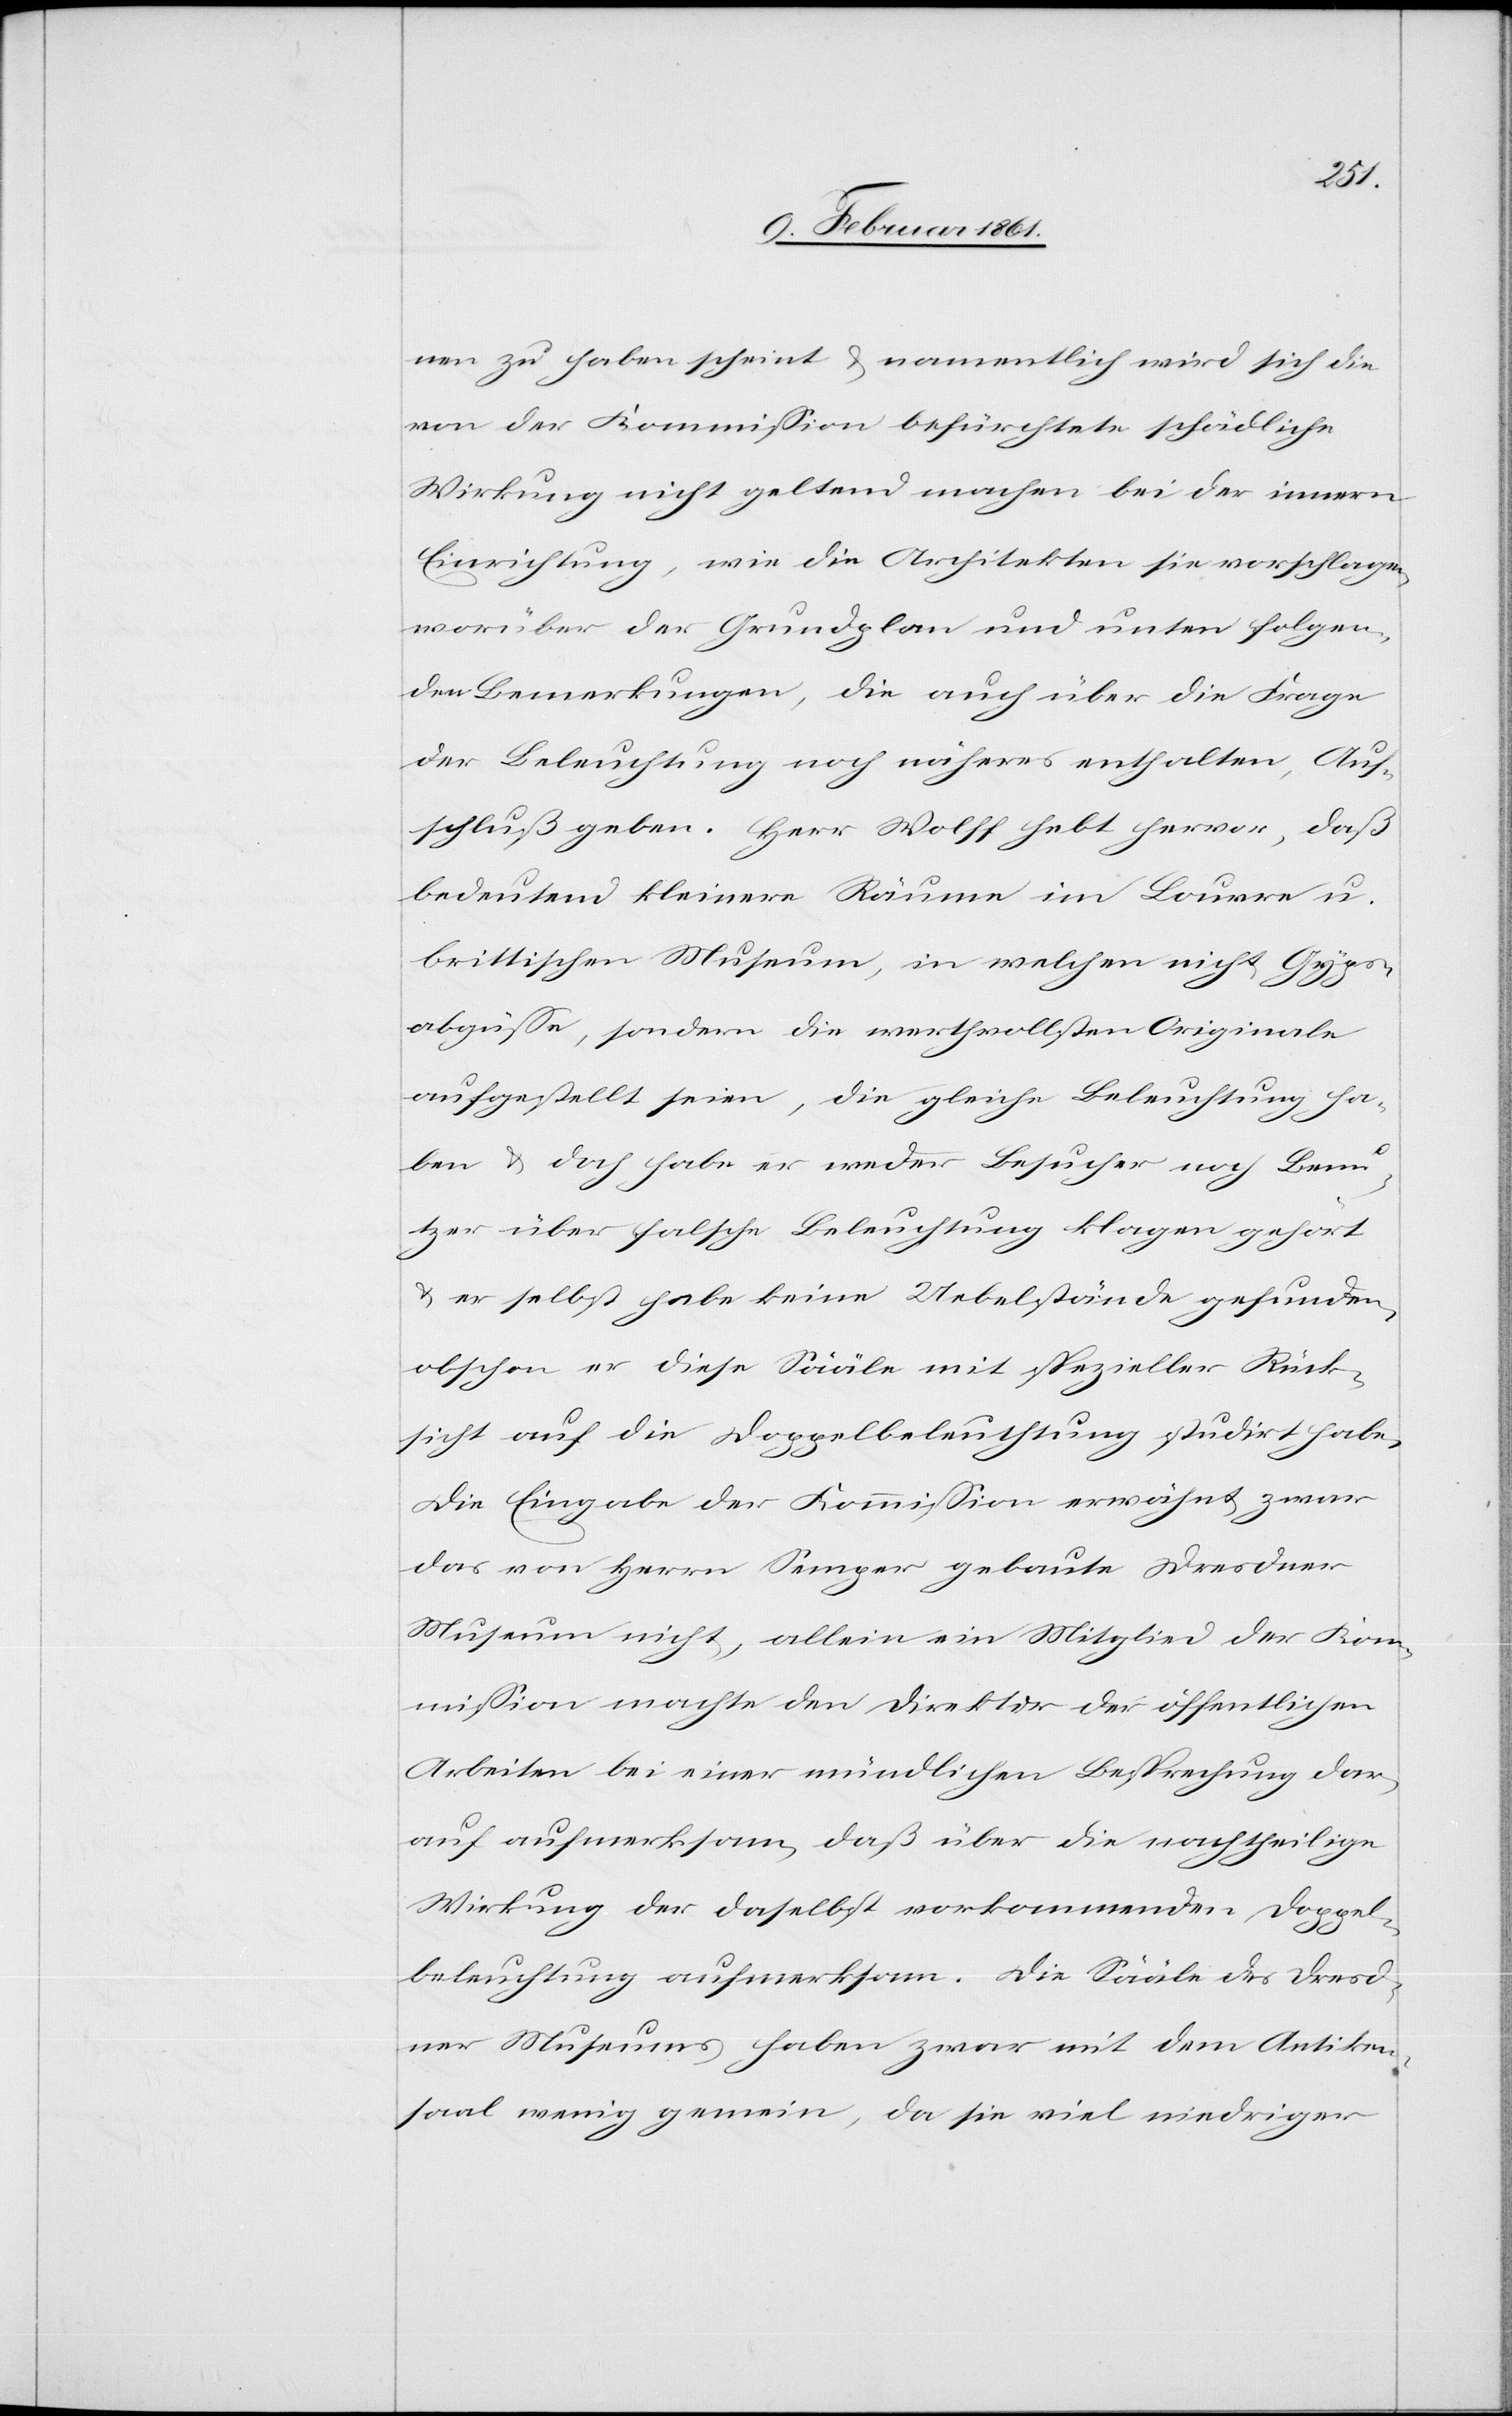
nen zu haben scheint u. namentlich wird sich die
von der Kommission befürchtete schädliche
Wirkung nicht geltend machen bei der innern
Einrichtung, wie die Architekten sie vorschlagen,
worüber der Grundplan und unten folgen¬
den Bemerkungen, die auch über die Frage
der Beleuchtung noch näheres enthalten, Auf¬
schluß geben. Herr Wolff hebt hervor, daß
bedeutend kleinere Räume im Louvre u.
brittischen Museum, in welchen nicht Gyps¬
abgüsse, sondern die werthvollsten Originale
aufgestellt seien, die gleiche Beleuchtung ha¬
ben u. doch habe er weder Besucher noch Benu¬
tzer über falsche Beleuchtung klagen gehört
u. er selbst habe keine Uebelstände gefunden,
obschon er diese Sääle mit spezieller Rück¬
sicht auf die Doppelbeleuchtung studirt habe;
Die Eingabe der Kommission erwähnt zwar
das von Herrn Semper gebaute Dresdner
Museum nicht, allein ein Mitglied der Kom¬
mission machte den Direktor der öffentlichen
Arbeiten bei einer mündlichen Besprechung dar¬
auf aufmerksam, daß über die nachtheilige
Wirkung der daselbst vorkommenden Doppel¬
beleuchtung[,] aufmerksam. Die Sääle des Dresd¬
ner Museums haben zwar mit dem Antiken¬
saal wenig gemein, da sie viel niedriger